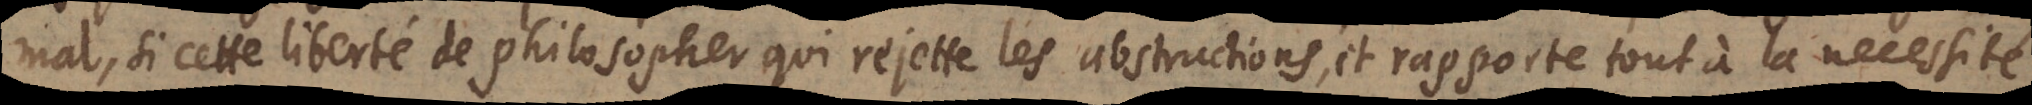
mal, si cette liberté de philosopher qui rejette les abstractions et rapporte tout à la necessité